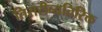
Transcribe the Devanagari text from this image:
तिसरीव्यतिरिक्त